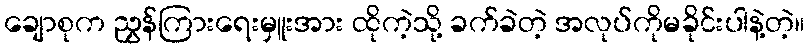
ချောစုက ညွှန်ကြားရေးမှူးအား ထိုကဲ့သို့ ခက်ခဲတဲ့ အလုပ်ကိုမခိုင်းပါနဲ့တဲ့။